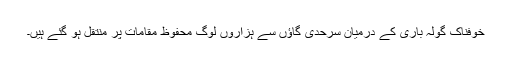
خوفناک گولہ باری کے درمیان سرحدی گاؤں سے ہزاروں لوگ محفوظ مقامات پر منتقل ہو گئے ہیں۔